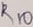
Text: R10